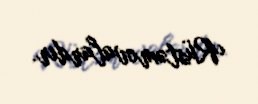
Rüstəmovalardır.